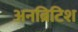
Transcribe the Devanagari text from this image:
अनब्रिटिश